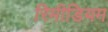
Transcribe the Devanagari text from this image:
रिमीडियम